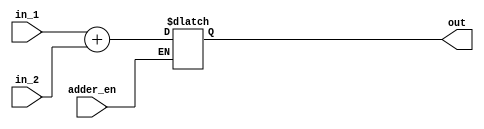
`timescale 1ns / 1ps
//////////////////////////////////////////////////////////////////////////////////
// Company: 
// Engineer: 
// 
// Design Name: 
// Module Name: adder
// Project Name: 
// Target Devices: 
// Tool Versions: 
// Description: 
// 
// Dependencies: 
// 
// Revision:
// Revision 0.01 - File Created
// Additional Comments:
// 
//////////////////////////////////////////////////////////////////////////////////

module adder #(
	parameter						IN1_BITWIDTH						= 32,
	parameter						IN2_BITWIDTH						= 32,
	parameter						OUT_BITWIDTH						= 32
)(
	input																adder_en,
	input							[IN1_BITWIDTH		-1: 0]			in_1,
	input							[IN2_BITWIDTH		-1: 0]			in_2,
	output							[OUT_BITWIDTH       -1: 0]			out
);
	
	wire		signed				[IN1_BITWIDTH		-1: 0]			_in_1;
	wire		signed				[IN2_BITWIDTH		-1: 0]			_in_2;
	reg			signed				[OUT_BITWIDTH       -1: 0]			_res;
	
	assign							_in_1 				=				in_1;
	assign							_in_2 				= 				in_2;

	always @ (*) begin
		if (adder_en == 1)
			_res 											=				_in_1 + _in_2;
	end
	assign 							out 				= 				 _res;
		
endmodule